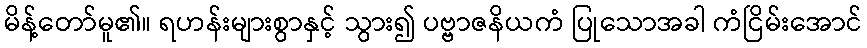
မိန့်တော်မူ၏။ ရဟန်းများစွာနှင့် သွား၍ ပဗ္ဗာဇနိယကံ ပြုသောအခါ ကံငြိမ်းအောင်